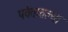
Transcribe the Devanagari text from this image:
पर्वतातल्या